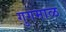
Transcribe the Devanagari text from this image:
गुगमाळ